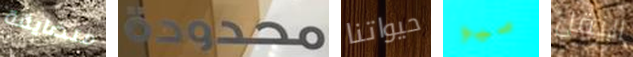
متضايقة محدودة حيواتنا ميو النقل